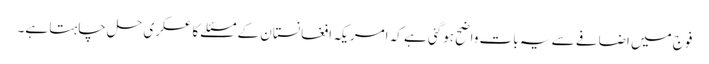
فوج میں اضافے سے یہ بات واضح ہوگئی ہے کہ امریکہ افغانستان کے مسئلے کا عسکری حل چاہتا ہے۔